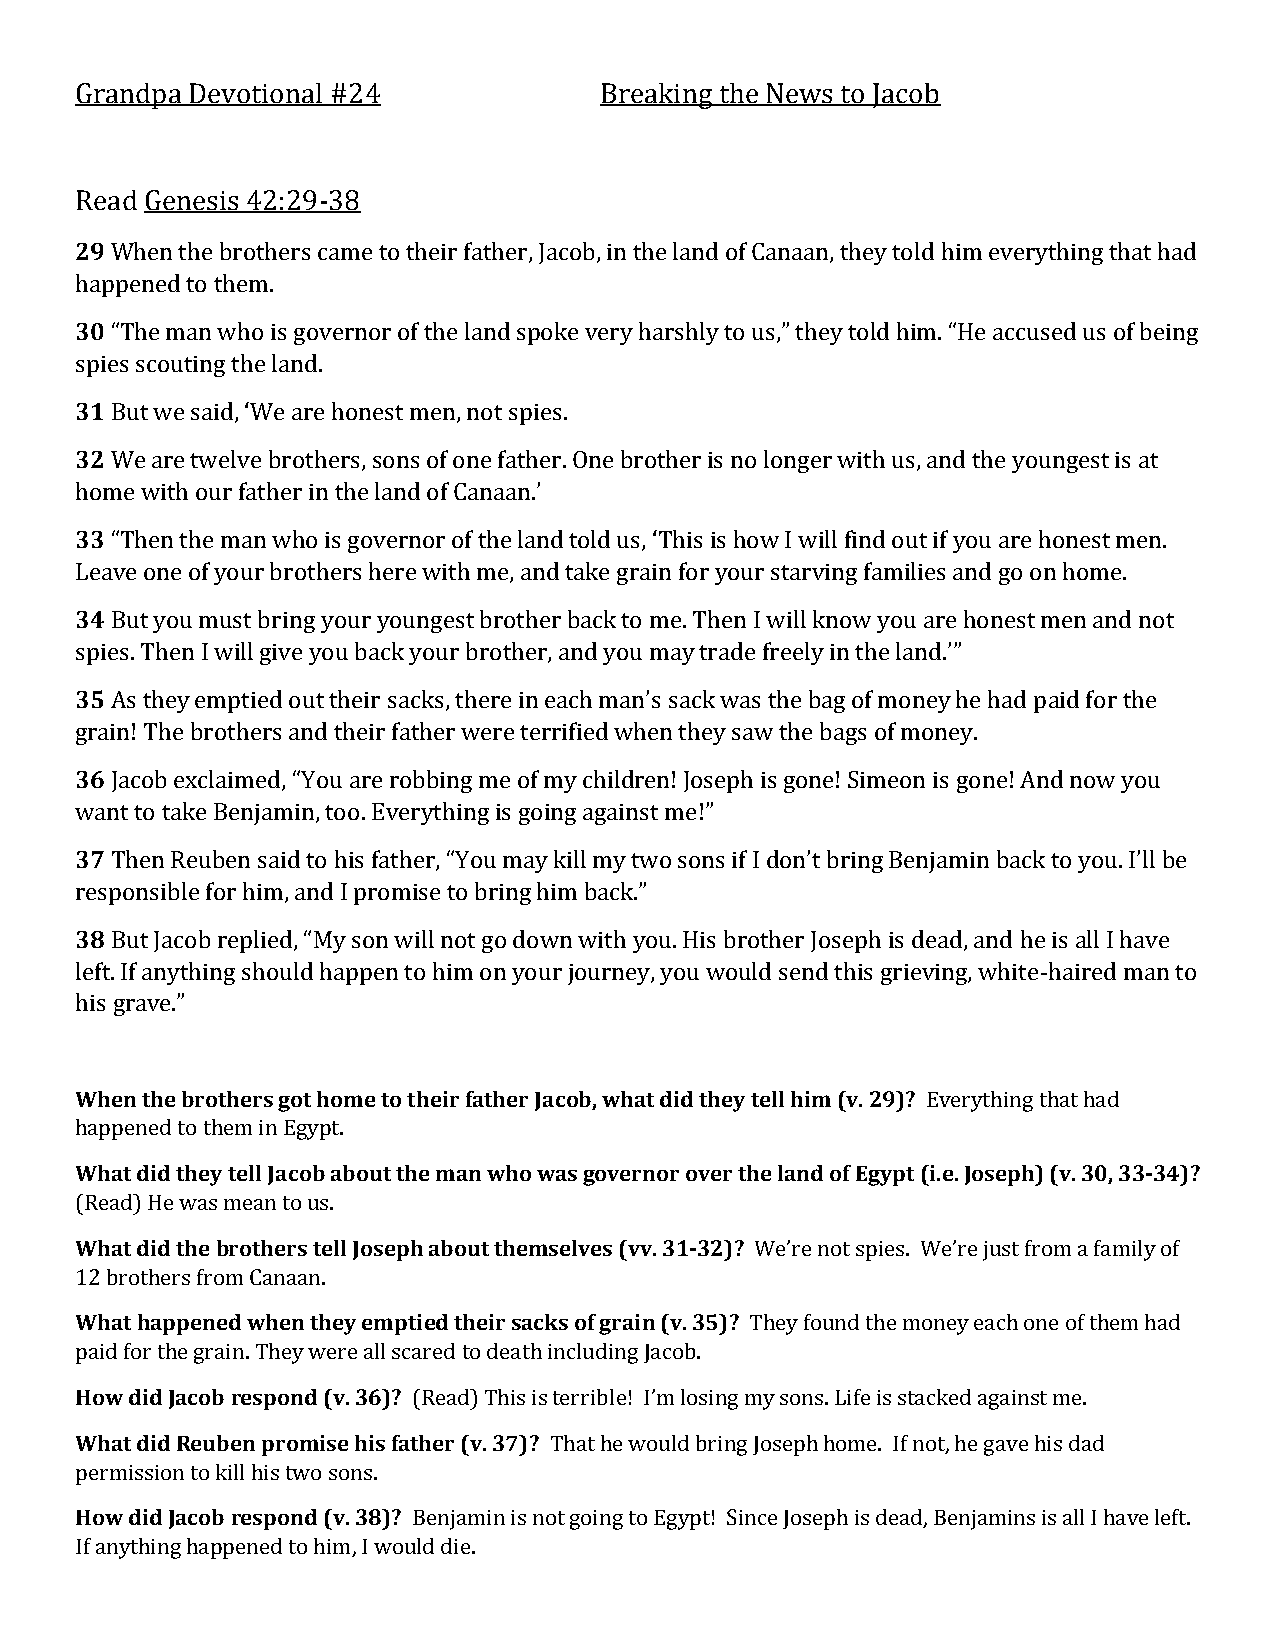
Grandpa Devotional #24             Breaking the News to Jacob
 Read Genesis 42:29-38
 29 When the brothers came to their father, Jacob, in the land of Canaan, they told him everything that had
 happened to them.
 30 “The man who is governor of the land spoke very harshly to us,” they told him. “He accused us of being
 spies scouting the land.
 31 But we said, ‘We are honest men, not spies.
 32 We are twelve brothers, sons of one father. One brother is no longer with us, and the youngest is at
 home with our father in the land of Canaan.’
 33 “Then the man who is governor of the land told us, ‘This is how I will find out if you are honest men.
 Leave one of your brothers here with me, and take grain for your starving families and go on home.
 34 But you must bring your youngest brother back to me. Then I will know you are honest men and not
 spies. Then I will give you back your brother, and you may trade freely in the land.’”
 35 As they emptied out their sacks, there in each man’s sack was the bag of money he had paid for the
 grain! The brothers and their father were terrified when they saw the bags of money.
 36 Jacob exclaimed, “You are robbing me of my children! Joseph is gone! Simeon is gone! And now you
 want to take Benjamin, too. Everything is going against me!”
 37 Then Reuben said to his father, “You may kill my two sons if I don’t bring Benjamin back to you. I’ll be
 responsible for him, and I promise to bring him back.”
 38 But Jacob replied, “My son will not go down with you. His brother Joseph is dead, and he is all I have
 left. If anything should happen to him on your journey, you would send this grieving, white-haired man to
 his grave.”
 When the brothers got home to their father Jacob, what did they tell him (v. 29)? Everything that had
 happened to them in Egypt.
 What did they tell Jacob about the man who was governor over the land of Egypt (i.e. Joseph) (v. 30, 33-34)?
 (Read) He was mean to us.
 What did the brothers tell Joseph about themselves (vv. 31-32)? We’re not spies. We’re just from a family of
 12 brothers from Canaan.
 What happened when they emptied their sacks of grain (v. 35)? They found the money each one of them had
 paid for the grain. They were all scared to death including Jacob.
 How did Jacob respond (v. 36)? (Read) This is terrible! I’m losing my sons. Life is stacked against me.
 What did Reuben promise his father (v. 37)? That he would bring Joseph home. If not, he gave his dad
 permission to kill his two sons.
 How did Jacob respond (v. 38)? Benjamin is not going to Egypt! Since Joseph is dead, Benjamins is all I have left.
 If anything happened to him, I would die.